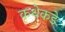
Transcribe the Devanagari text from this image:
कथेकडे